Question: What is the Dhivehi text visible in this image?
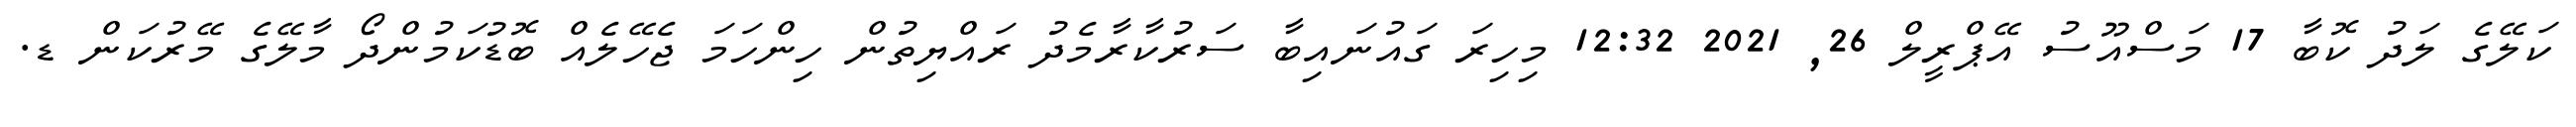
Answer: ކަލޭގެ ލަދު ކޮބާ 17 މަސްއޫސު އޭޕްރީލް 26, 2021 12:32 މިހިރަ ގައުނައިބާ ސަރުކާރާމެދު ރައްޔިތުން ހިންހަމަ ޖެހޭލެއް ބޮޑުކަމުންދޯ މާލޭގެ މޭރުކަން ޑ.